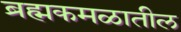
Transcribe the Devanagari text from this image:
ब्रह्मकमळातील